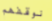
نوقفهم